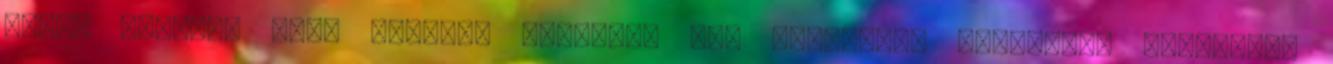
képes elérni, mint amilyet egyetlen más közismert portfólió felépítés